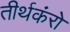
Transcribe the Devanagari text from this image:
तीर्थकंरो